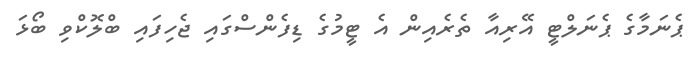
ޕެނަމާގެ ޕެނަލްޓީ އޭރިއާ ތެރެއިން އެ ޓީމުގެ ޑިފެންސްގައި ޖެހިފައި ބްލޮކްވި ބޯޅަ